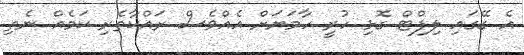
އެ ގޭގައި ލިފްޓް ގޮޅި ހުރީ ހާމަޔަށް އެއްވެސް ރައްކާތެރި ކަމެއް ނެތި